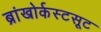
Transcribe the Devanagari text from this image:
ब्रांखोर्कस्टसूट